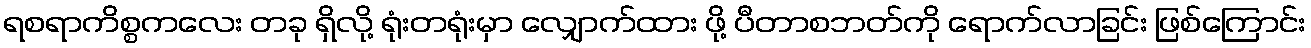
ရစရာကိစ္စကလေး တခု ရှိလို့ ရုံးတရုံးမှာ လျှောက်ထား ဖို့ ပီတာစဘတ်ကို ရောက်လာခြင်း ဖြစ်ကြောင်း